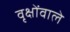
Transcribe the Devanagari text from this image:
वृक्षोंवाले